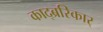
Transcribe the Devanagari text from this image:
काद्ब्ररिकार्